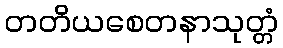
တတိယစေတနာသုတ္တံ